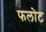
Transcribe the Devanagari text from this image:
फलोट